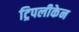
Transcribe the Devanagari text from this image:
ट्रिपलीकेन